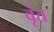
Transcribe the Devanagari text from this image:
वृंत्त